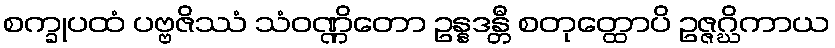
စက္ခုပထံ ပဗ္ဗဇိဿံ သံဝဏ္ဏိတော ဥန္နဒန္တီ စတုတ္ထောပိ ဥဇ္ဇဂ္ဃိကာယ